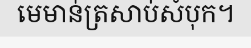
មេមាន់ត្រសាប់សំបុក។